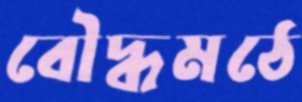
বৌদ্ধমঠে